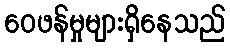
ဝေဖန်မှုများရှိနေသည်